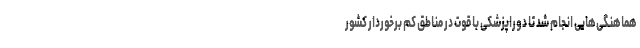
هماهنگی‌هایی انجام شد تا دوراپزشکی با قوت در مناطق کم برخوردار کشور